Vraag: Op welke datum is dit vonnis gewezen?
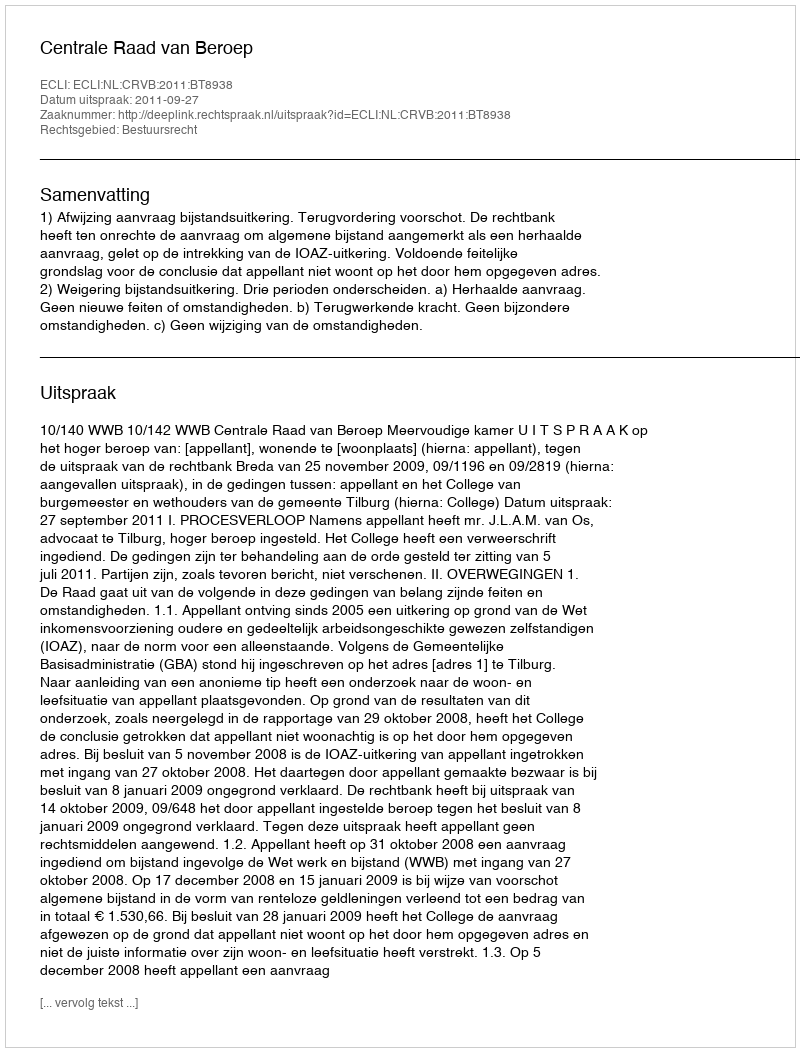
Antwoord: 2011-09-27